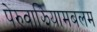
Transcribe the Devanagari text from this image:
पेरुवाझियामबलम